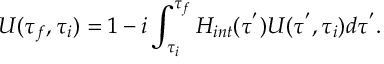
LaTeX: U ( \tau _ { f } , \tau _ { i } ) = 1 - i \int _ { \tau _ { i } } ^ { \tau _ { f } } H _ { i n t } ( \tau ^ { ' } ) U ( \tau ^ { ' } , \tau _ { i } ) d \tau ^ { ' } .